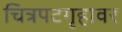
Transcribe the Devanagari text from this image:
चित्रपटगृहावर